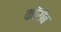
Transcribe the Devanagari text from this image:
कॉरोब